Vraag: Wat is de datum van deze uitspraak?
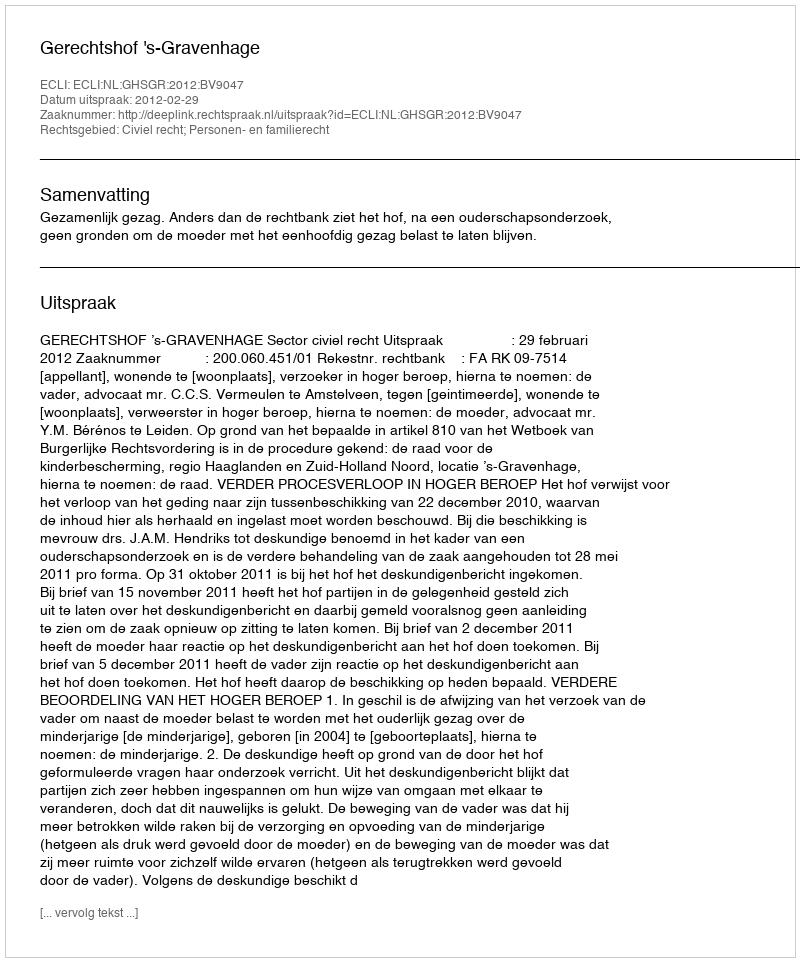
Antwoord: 2012-02-29